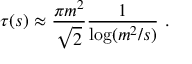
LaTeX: \tau ( s ) \approx \frac { \pi m ^ { 2 } } { \sqrt { 2 } } \frac { 1 } { \log ( m ^ { 2 } / s ) } \ .